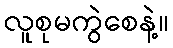
လူစုမကွဲစေနဲ့။